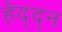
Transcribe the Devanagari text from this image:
हेद्द्न